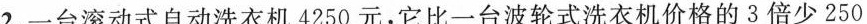
2.一台滚动式自动洗衣机4250元，它比一台波轮式洗衣机价格的3倍少250